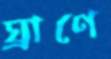
ঘ্রাণে